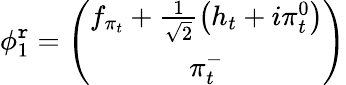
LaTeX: \phi_{1}^{\mathtt{r}}=\left(\begin{array}{c}{{f_{\pi_{t}}+\frac{1}{\sqrt{2}}\left(h_{t}+i\pi_{t}^{0}\right)}}\\ {{\pi_{t}^{-}}}\end{array}\right)